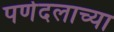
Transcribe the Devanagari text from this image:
पर्णदलाच्या